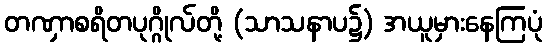
တဏှာစရိတပုဂ္ဂိုလ်တို့ (သာသနာပ၌) အယူမှားနေကြပုံ